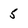
Character: 5